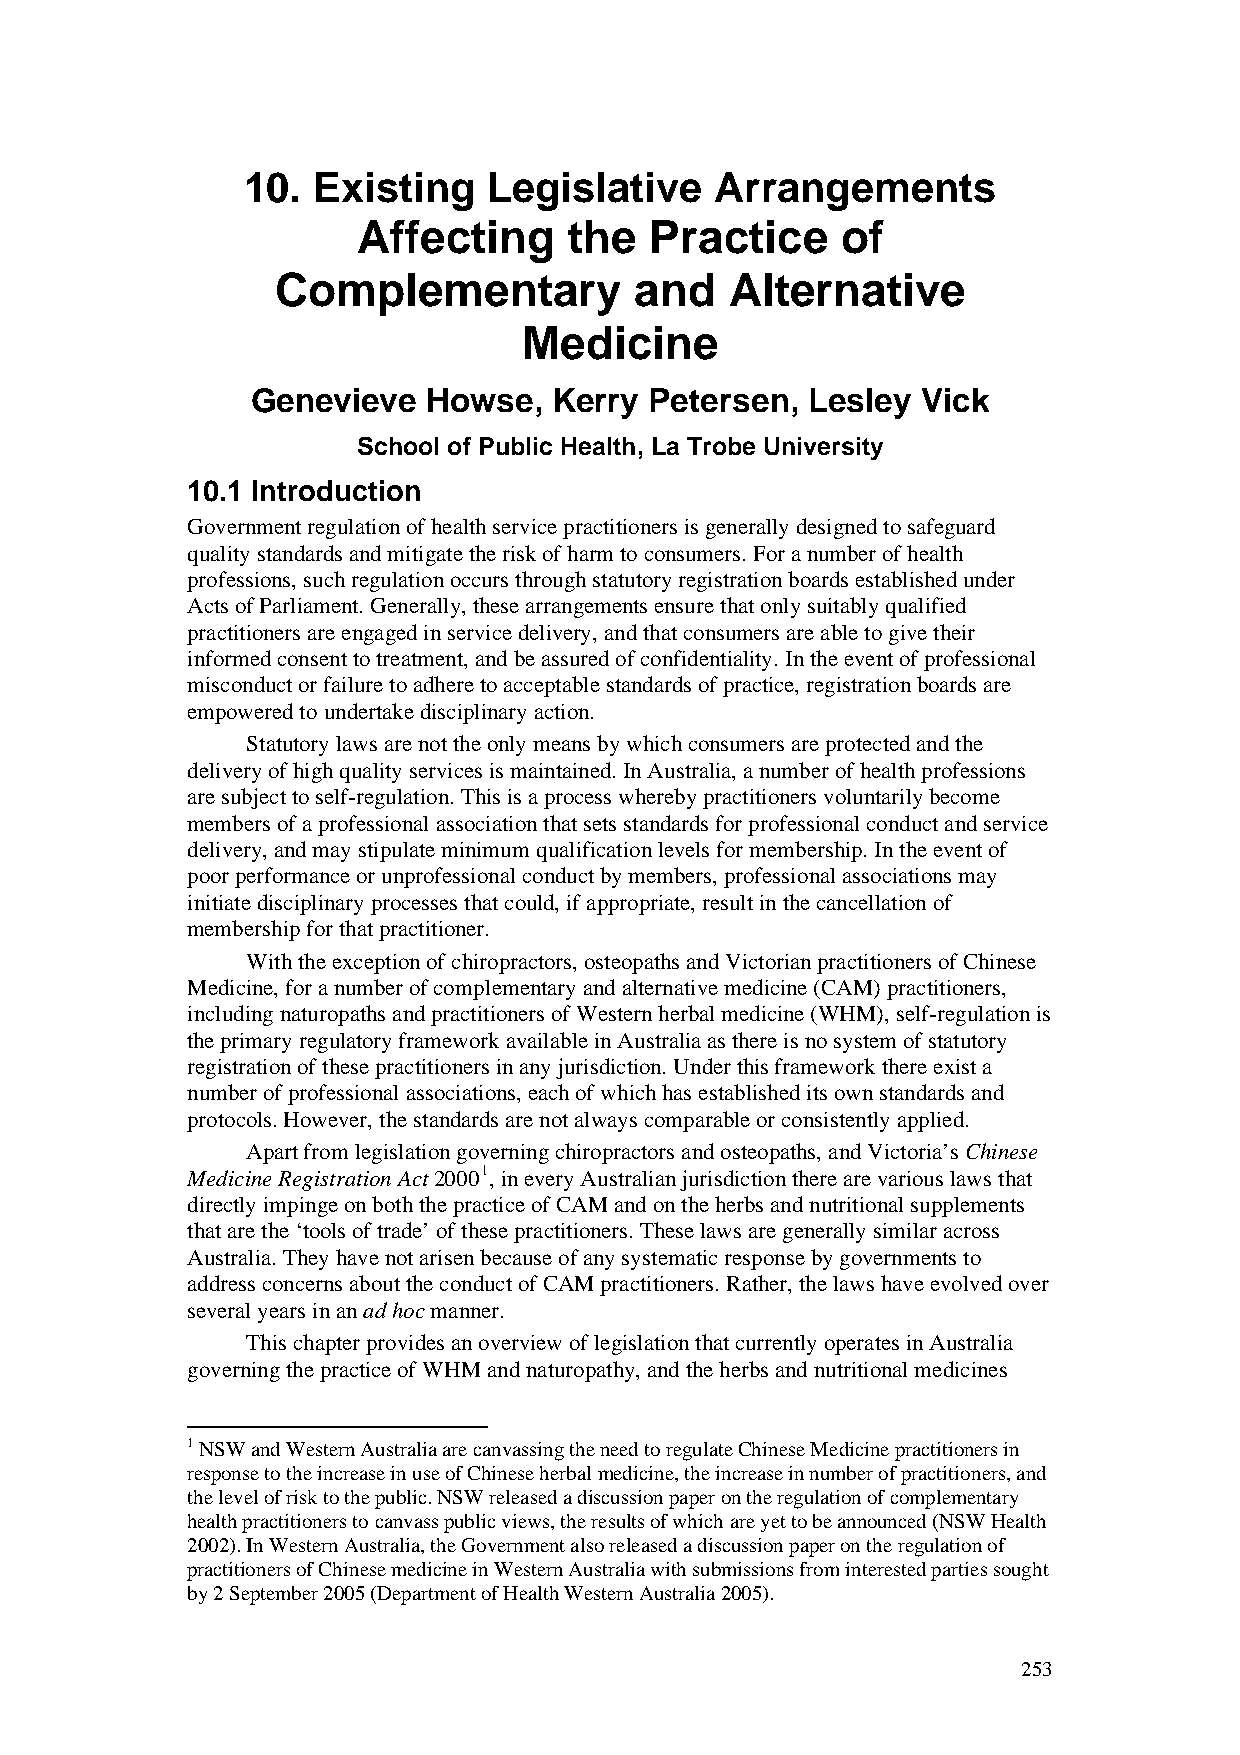
10.  Existing   Legislative    Arrangements
 Affecting     the  Practice     of
 Complementary           and   Alternative
 Medicine
 Genevieve  Howse,   Kerry Petersen,  Lesley Vick
 School of Public Health, La Trobe University
 10.1 Introduction
 Government regulation of health service practitioners is generally designed to safeguard
 quality standards and mitigate the risk of harm to consumers. For a number of health
 professions, such regulation occurs through statutory registration boards established under
 Acts of Parliament. Generally, these arrangements ensure that only suitably qualified
 practitioners are engaged in service delivery, and that consumers are able to give their
 informed consent to treatment, and be assured of confidentiality. In the event of professional
 misconduct or failure to adhere to acceptable standards of practice, registration boards are
 empowered to undertake disciplinary action.
 Statutory laws are not the only means by which consumers are protected and the
 delivery of high quality services is maintained. In Australia, a number of health professions
 are subject to self-regulation. This is a process whereby practitioners voluntarily become
 members of a professional association that sets standards for professional conduct and service
 delivery, and may stipulate minimum qualification levels for membership. In the event of
 poor performance or unprofessional conduct by members, professional associations may
 initiate disciplinary processes that could, if appropriate, result in the cancellation of
 membership for that practitioner.
 With the exception of chiropractors, osteopaths and Victorian practitioners of Chinese
 Medicine, for a number of complementary and alternative medicine (CAM) practitioners,
 including naturopaths and practitioners of Western herbal medicine (WHM), self-regulation is
 the primary regulatory framework available in Australia as there is no system of statutory
 registration of these practitioners in any jurisdiction. Under this framework there exist a
 number of professional associations, each of which has established its own standards and
 protocols. However, the standards are not always comparable or consistently applied.
 Apart from legislation governing chiropractors and osteopaths, and Victoria’s Chinese
 Medicine Registration Act 20001, in every Australian jurisdiction there are various laws that
 directly impinge on both the practice of CAM and on the herbs and nutritional supplements
 that are the ‘tools of trade’ of these practitioners. These laws are generally similar across
 Australia. They have not arisen because of any systematic response by governments to
 address concerns about the conduct of CAM practitioners. Rather, the laws have evolved over
 several years in an ad hoc manner.
 This chapter provides an overview of legislation that currently operates in Australia
 governing the practice of WHM and naturopathy, and the herbs and nutritional medicines
 1 NSW and Western Australia are canvassing the need to regulate Chinese Medicine practitioners in
 response to the increase in use of Chinese herbal medicine, the increase in number of practitioners, and
 the level of risk to the public. NSW released a discussion paper on the regulation of complementary
 health practitioners to canvass public views, the results of which are yet to be announced (NSW Health
 2002). In Western Australia, the Government also released a discussion paper on the regulation of
 practitioners of Chinese medicine in Western Australia with submissions from interested parties sought
 by 2 September 2005 (Department of Health Western Australia 2005).
 253